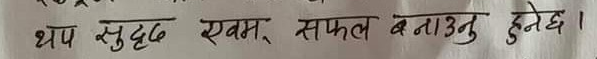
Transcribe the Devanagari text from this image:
थप शुद्ध एवं सफल बनाउनु हुनेछ ।